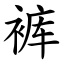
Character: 裤